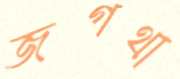
জগথা